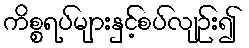
ကိစ္စရပ်များနှင့်စပ်လျဉ်း၍